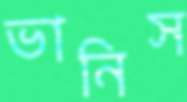
ভানিস